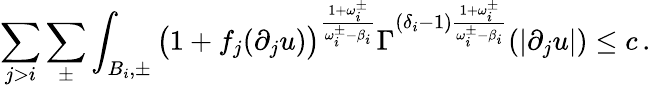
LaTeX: \sum_{j>i}\sum_{\pm}\int_{B_{i},\pm}\big(1+f_{j}(\partial_{j}u)\big)^{\frac{1+\omega_{i}^{\pm}}{\omega_{i}^{\pm}-\beta_{i}}}\Gamma^{(\delta_{i}-1)\frac{1+\omega_{i}^{\pm}}{\omega_{i}^{\pm}-\beta_{i}}}(|\partial_{j}u|)\leq c\, .